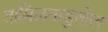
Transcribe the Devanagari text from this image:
तामिळनाडुतील